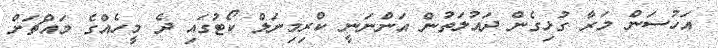
އަހުސަން މަރާ ގުޅިގެން ދައުލަތުން އަންނަނީ ކްރިމިނަލް ކޯޓުގައި ދެ މީހެއްގެ މައްޗަށް